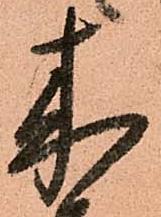
来